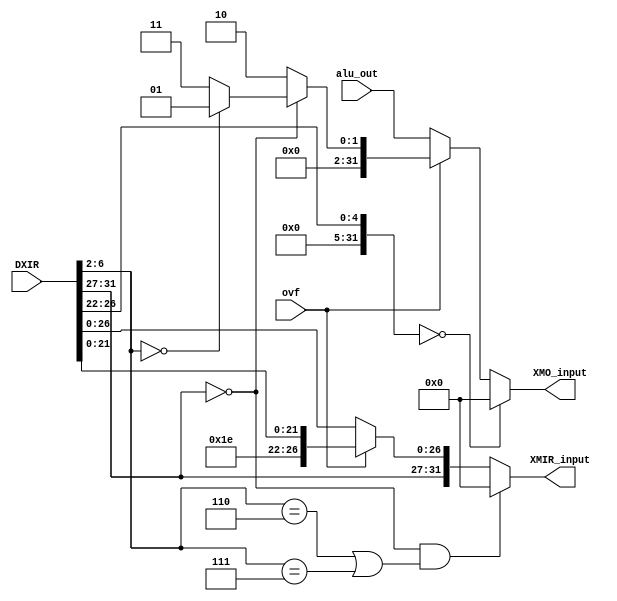
module exceptionHandler (DXIR, alu_out, ovf, XMIR_input, XMO_input);

input [31:0] DXIR, alu_out;
input ovf;

output [31:0] XMIR_input, XMO_input; 

wire [31:0] alteredIns, alteredO_input , addi_altered, alu_altered, w2, w3, w4, rd , w5, w6; 
wire [4:0] opcode, aluop, w1;

assign w1 = 30; 
assign w4 = 2;
assign w2 = 1; 
assign w3 = 3; 

assign rd = DXIR[26:22];
assign opcode = DXIR [31:27];
assign aluop = DXIR [6:2]; 

assign alteredIns[31:27] = DXIR[31:27];
assign alteredIns[21:0] = DXIR[21:0];
assign alteredIns[26:22] = w1; 

assign addi_altered = w4;
assign alu_altered = (aluop == 5'b0) ? w2: w3; 

assign alteredO_input = (opcode == 5'b0) ? alu_altered : addi_altered; 

assign w5 = ovf ? alteredO_input : alu_out; 
assign XMO_input = (rd == 5'b0) ? 0 : w5;
assign w6 = ovf ? alteredIns : DXIR; 

assign XMIR_input = (opcode == 0 &&(aluop==6||aluop==7)) ? 0 : w6; 


endmodule